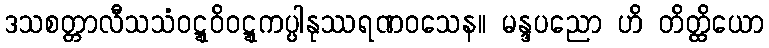
ဒသစတ္တာလီသသံဝဋ္ဋဝိဝဋ္ဋကပ္ပါနုဿရဏဝသေန။ မန္ဒပညော ဟိ တိတ္ထိယော